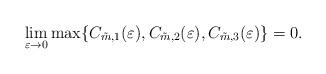
LaTeX: \begin{align*}\lim_{\varepsilon \to 0} \max \{ C_{\tilde{m},1}(\varepsilon), C_{\tilde{m},2}(\varepsilon), C_{\tilde{m},3}(\varepsilon)\} = 0.\end{align*}